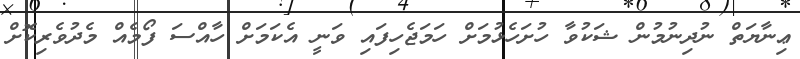
ޢިނާޔަތް ނުދިނުމުން ޝަކުވާ ހުށަހެޅުމަށް ހަމަޖެހިފައި ވަނީ އެކަމަށް ހާއްސަ ފޯމެއް މެދުވެރިކޮށް